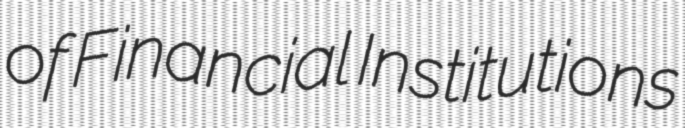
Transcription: of Financial Institutions